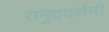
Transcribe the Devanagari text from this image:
समुद्रदर्शनी